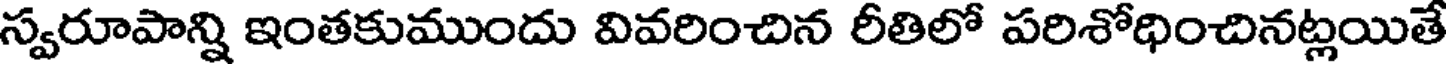
స్వరూపాన్ని ఇంతకుముందు వివరించిన రీతిలో పరిశోధించినట్లయితే